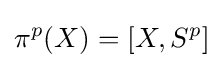
\pi ^{p}(X)=[X,S^{p}]